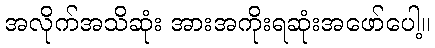
အလိုက်အသိဆုံး အားအကိုးရဆုံးအဖော်ပေါ့။